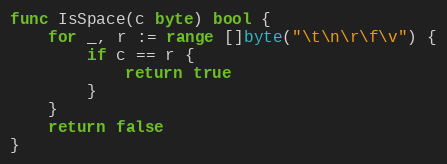
Language: Go
func IsSpace(c byte) bool {
	for _, r := range []byte("\t\n\r\f\v") {
		if c == r {
			return true
		}
	}
	return false
}